Mustjala_vallavalitsus, lk 10
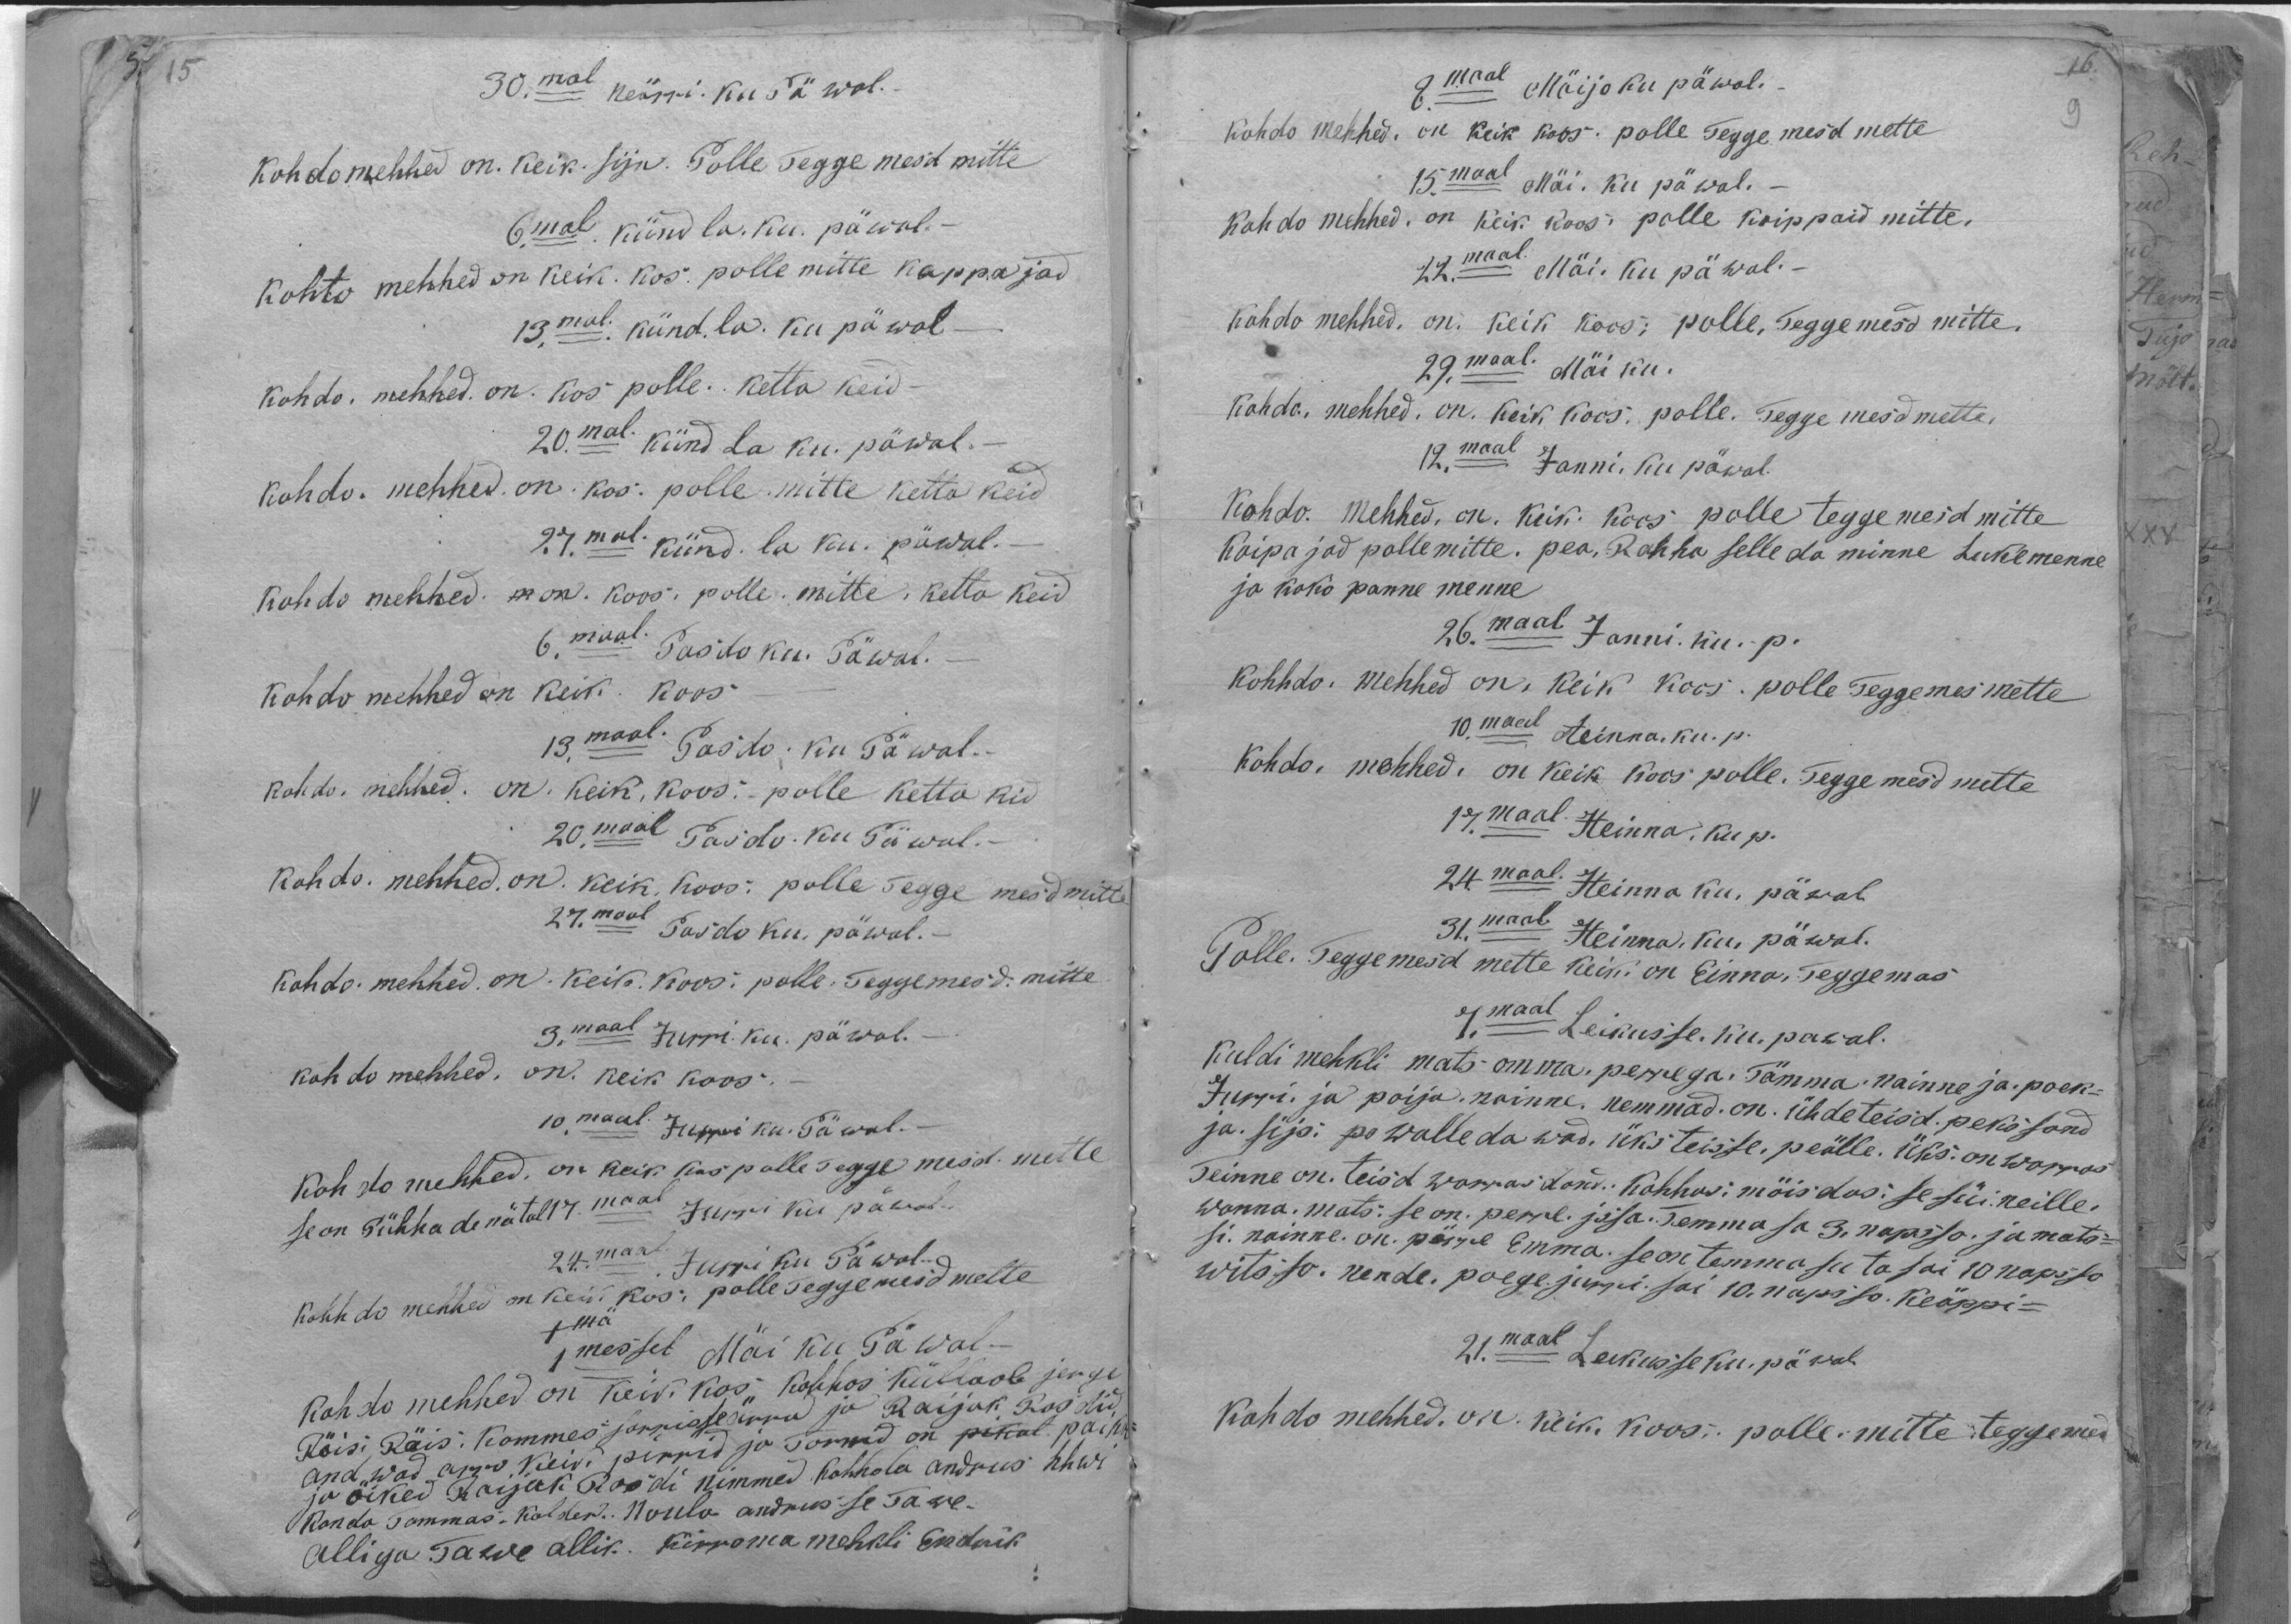
30.mal Neärri. Ku Päwal.
Kohdomehhed on. keik. sijn. Polle Teggemesd mitte
6.mal kündla. ku päwal.-
kohto mehhed on keik. kos polle mitte kappajad
13.mal kündla. ku päwal-
kohdo. mehhed on. kos polle. Kettakeid-
20.mal. kündla ku. päwal.-
kohdo mehhed on kos- polle mitte kettakeid
27.mal kündla ku. päwal.
kohdo mehhed on. Koos; polle mitte Kettakeid
6.maal. Pasdo ku. Päwal.
kohdo mehhed on keik. Koos
13.maal. Pasdo; ku Päwal.-
kohdo. mehhed. on. keik, koos.- polle kettakid
20.maal Pasdo ku Päwal.-
kohdo. mehhed on. keik koos: polle Teggemesd mitte
27.maal Pasdo ku päwal.-
kohto-mehhed on: keik koos: polle. Teggemesd mitte
3.maal Jurri ku. päwal.
kohdo mehhed. on. keik koos.
10.maal Jurrpi ku. Päwal.-
Kohdo mehhed, on keik kos polleTeegemesd. mette
se on Pühhade nätal 17.maal Jurri kui päwal.
24.maal Jurri ku Päwal.
kohhdo mehhed on keik kos; polle Teggemesd mette
1messel Mäi ku Päwal-
Kohdo mehhed on keik. kos kohhos küllaob jerge
Röisi Räis: Kommes jarrisse ärra ja Raijak Rosdid
andwad apro kuid kirrid ja sõnud on pikul päike
andwad arro keik pirrid ja Torrud on paika
ja oiked Kaijak Rosdi nimmed kohhola andrus khwi
Ronda Tommas Kalder. Noula  andrusse Tawe-
Alliga Tawe allik. Kirroma mehkli Endnik

8. maal Mäijo ku päwol.
kohdo mehhed. on keik koos. polle Teggemesd mitte
15.maal Mäi. Kui päwal.
Kohdo mehhed. on keik koos; polle kaippaid mitte.
22. maal. Mäi. ku päwal.-
kohdo mehhed. on: keik koos; polle, Teggemesd mitte,
29. maal. Mäi ku.
kohdo, mehhed, on. keik koos. polle. Teggemesd mitte.
12.maal Janni, ku päwal.
Kohdo. Mehhed, on, keik koos, polle Teggemesd mitte
Kaipajad polle mitte. pea Rahha selleda minne Lukemenne
ja koko panne menne
26. maab Janni. ku.- p.
Kohhdo. Mehhed on. Keik koos. polle Teggemes mette
10. maal Aeinna, ku. p.
Kohto. mehhed on keik koos polle. Teggemesd mette
17. maal Heinna. ku p.
24. maal. Heinna ku. päwal
31. maal Heinna, kui päwal.
Polle. Teggemesd mette keik. on Einna-Teggemas
7. maal Leikusse. ku. pawal.
Kuldi mehkli mats omma. perrega. Tämma nainne ja poek-
Jurri ja poija. nainne. nemmad on ühdeteisd. pekssand-
ja sijs: walledawad, üks teisse. peälle. Üks on warras
Teinne on. teisd warrastand. Kohhus: möisdas: se süi neille.
wanna. Mats. se on. perre. jssa. Temma sa 3. napsso. ja mats-
si nainne on pärra Emma. se on temma see ta sai 10 napsso
witsso. nende. poege Jurri. sai 10. napsso. keäppi-
21.maal Leikusse ku. päwal.
Kohdo mehhed. on keik. koos: polle mitte teggemed